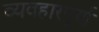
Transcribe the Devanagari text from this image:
व्यवहारपूर्ण